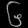
Digit: ၆